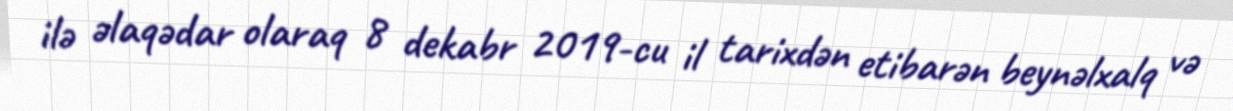
ilə əlaqədar olaraq 8 dekabr 2019-cu il tarixdən etibarən beynəlxalq və